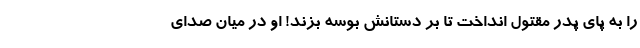
را به پای پدر مقتول انداخت تا بر دستانش بوسه بزند! او در میان صدای